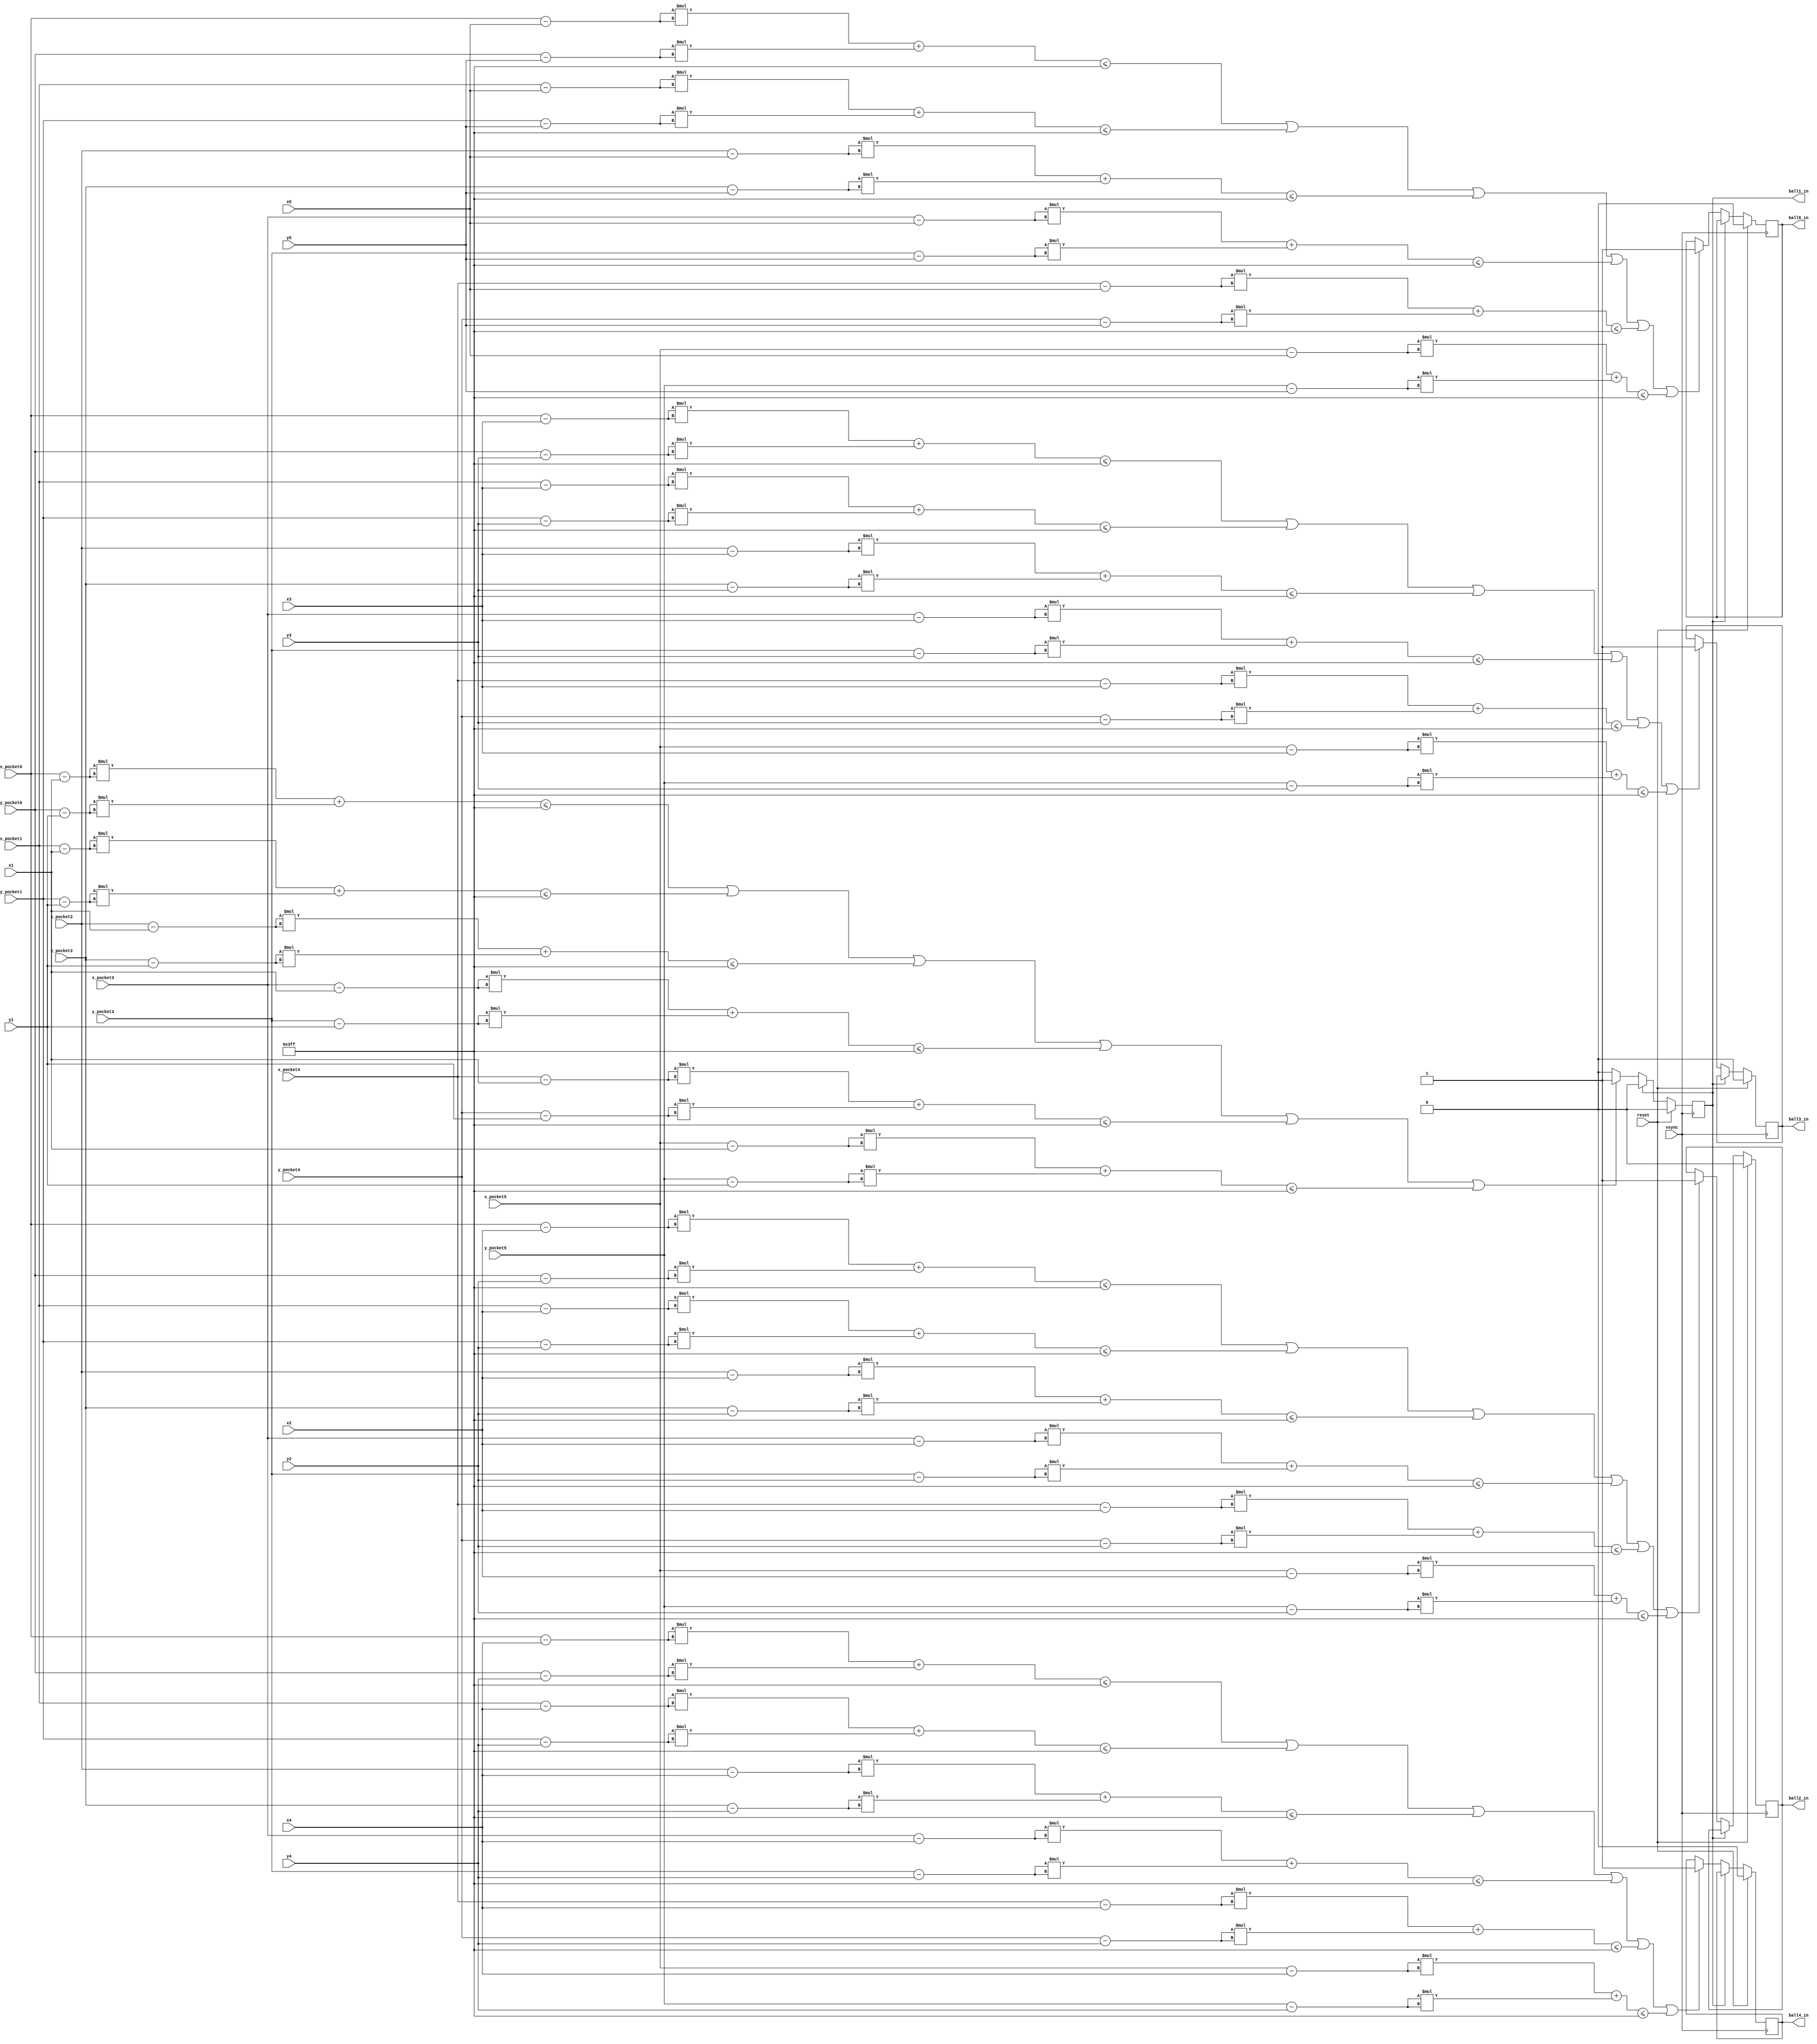
`timescale 1ns / 1ps
//////////////////////////////////////////////////////////////////////////////////
// Company: 
// Engineer: 
// 
// Design Name: 
// Module Name:    pocket_checker 
// Project Name: 
// Target Devices: 
// Tool versions: 
// Description: 
//
// Dependencies: 
//
// Revision: 
// Revision 0.01 - File Created
// Additional Comments: 
//
//////////////////////////////////////////////////////////////////////////////////
module pocket_checker
	#(parameter POCKET_SIZE = 6'd32, parameter DISTANCE_SQUARED = 13'd1023)
	(input vsync, reset,
	input signed [10:0] x_pocket0,x_pocket1,x_pocket2,x_pocket3,x_pocket4,x_pocket5,
	input signed [10:0] y_pocket0,y_pocket1,y_pocket2,y_pocket3,y_pocket4,y_pocket5,
	input signed [10:0] x1, x2, x3, x4, x5,
	input signed [10:0] y1, y2, y3, y4, y5,
	output ball1_in, ball2_in, ball3_in, ball4_in, ball5_in);
		
	// Ball 1
	wire signed [10:0] x_dist1_pocket0 = (x_pocket0 - x1);
	wire signed [10:0] y_dist1_pocket0 = (y_pocket0 - y1);
	wire signed [10:0] x_dist1_pocket1 = (x_pocket1 - x1);
	wire signed [10:0] y_dist1_pocket1 = (y_pocket1 - y1);
	wire signed [10:0] x_dist1_pocket2 = (x_pocket2 - x1);
	wire signed [10:0] y_dist1_pocket2 = (y_pocket2 - y1);
	wire signed [10:0] x_dist1_pocket3 = (x_pocket3 - x1);
	wire signed [10:0] y_dist1_pocket3 = (y_pocket3 - y1);
	wire signed [10:0] x_dist1_pocket4 = (x_pocket4 - x1);
	wire signed [10:0] y_dist1_pocket4 = (y_pocket4 - y1);
	wire signed [10:0] x_dist1_pocket5 = (x_pocket5 - x1);
	wire signed [10:0] y_dist1_pocket5 = (y_pocket5 - y1);
	
	// Ball 2
	wire signed [10:0] x_dist2_pocket0 = (x_pocket0 - x2);
	wire signed [10:0] y_dist2_pocket0 = (y_pocket0 - y2);
	wire signed [10:0] x_dist2_pocket1 = (x_pocket1 - x2);
	wire signed [10:0] y_dist2_pocket1 = (y_pocket1 - y2);
	wire signed [10:0] x_dist2_pocket2 = (x_pocket2 - x2);
	wire signed [10:0] y_dist2_pocket2 = (y_pocket2 - y2);
	wire signed [10:0] x_dist2_pocket3 = (x_pocket3 - x2);
	wire signed [10:0] y_dist2_pocket3 = (y_pocket3 - y2);
	wire signed [10:0] x_dist2_pocket4 = (x_pocket4 - x2);
	wire signed [10:0] y_dist2_pocket4 = (y_pocket4 - y2);
	wire signed [10:0] x_dist2_pocket5 = (x_pocket5 - x2);
	wire signed [10:0] y_dist2_pocket5 = (y_pocket5 - y2);
	
	// Ball 3
	wire signed [10:0] x_dist3_pocket0 = (x_pocket0 - x3);
	wire signed [10:0] y_dist3_pocket0 = (y_pocket0 - y3);
	wire signed [10:0] x_dist3_pocket1 = (x_pocket1 - x3);
	wire signed [10:0] y_dist3_pocket1 = (y_pocket1 - y3);
	wire signed [10:0] x_dist3_pocket2 = (x_pocket2 - x3);
	wire signed [10:0] y_dist3_pocket2 = (y_pocket2 - y3);
	wire signed [10:0] x_dist3_pocket3 = (x_pocket3 - x3);
	wire signed [10:0] y_dist3_pocket3 = (y_pocket3 - y3);
	wire signed [10:0] x_dist3_pocket4 = (x_pocket4 - x3);
	wire signed [10:0] y_dist3_pocket4 = (y_pocket4 - y3);
	wire signed [10:0] x_dist3_pocket5 = (x_pocket5 - x3);
	wire signed [10:0] y_dist3_pocket5 = (y_pocket5 - y3);
	
	// Ball 4
	wire signed [10:0] x_dist4_pocket0 = (x_pocket0 - x4);
	wire signed [10:0] y_dist4_pocket0 = (y_pocket0 - y4);
	wire signed [10:0] x_dist4_pocket1 = (x_pocket1 - x4);
	wire signed [10:0] y_dist4_pocket1 = (y_pocket1 - y4);
	wire signed [10:0] x_dist4_pocket2 = (x_pocket2 - x4);
	wire signed [10:0] y_dist4_pocket2 = (y_pocket2 - y4);
	wire signed [10:0] x_dist4_pocket3 = (x_pocket3 - x4);
	wire signed [10:0] y_dist4_pocket3 = (y_pocket3 - y4);
	wire signed [10:0] x_dist4_pocket4 = (x_pocket4 - x4);
	wire signed [10:0] y_dist4_pocket4 = (y_pocket4 - y4);
	wire signed [10:0] x_dist4_pocket5 = (x_pocket5 - x4);
	wire signed [10:0] y_dist4_pocket5 = (y_pocket5 - y4);
	
	// Ball 5
	wire signed [10:0] x_dist5_pocket0 = (x_pocket0 - x5);
	wire signed [10:0] y_dist5_pocket0 = (y_pocket0 - y5);
	wire signed [10:0] x_dist5_pocket1 = (x_pocket1 - x5);
	wire signed [10:0] y_dist5_pocket1 = (y_pocket1 - y5);
	wire signed [10:0] x_dist5_pocket2 = (x_pocket2 - x5);
	wire signed [10:0] y_dist5_pocket2 = (y_pocket2 - y5);
	wire signed [10:0] x_dist5_pocket3 = (x_pocket3 - x5);
	wire signed [10:0] y_dist5_pocket3 = (y_pocket3 - y5);
	wire signed [10:0] x_dist5_pocket4 = (x_pocket4 - x5);
	wire signed [10:0] y_dist5_pocket4 = (y_pocket4 - y5);
	wire signed [10:0] x_dist5_pocket5 = (x_pocket5 - x5);
	wire signed [10:0] y_dist5_pocket5 = (y_pocket5 - y5);

	reg ball1_reg = 0;
	reg ball2_reg = 0;
	reg ball3_reg = 0;
	reg ball4_reg = 0;
	reg ball5_reg = 0;
	reg collision_occur;
	
	always @(posedge vsync) begin
		if (reset) begin
			ball1_reg <= 1'b0;
			ball2_reg <= 1'b0;
			ball3_reg <= 1'b0;
			ball4_reg <= 1'b0;
			ball5_reg <= 1'b0;
		end
		
		else if (ball1_reg) begin
			ball1_reg <= 1'b0;
		end
		
		else begin
			if ((x_dist1_pocket0*x_dist1_pocket0)+(y_dist1_pocket0*y_dist1_pocket0)<=DISTANCE_SQUARED
				 || (x_dist1_pocket1*x_dist1_pocket1)+(y_dist1_pocket1*y_dist1_pocket1)<=DISTANCE_SQUARED
				 || (x_dist1_pocket2*x_dist1_pocket2)+(y_dist1_pocket2*y_dist1_pocket2)<=DISTANCE_SQUARED
				 || (x_dist1_pocket3*x_dist1_pocket3)+(y_dist1_pocket3*y_dist1_pocket3)<=DISTANCE_SQUARED
				 || (x_dist1_pocket4*x_dist1_pocket4)+(y_dist1_pocket4*y_dist1_pocket4)<=DISTANCE_SQUARED
				 || (x_dist1_pocket5*x_dist1_pocket5)+(y_dist1_pocket5*y_dist1_pocket5)<=DISTANCE_SQUARED) begin
				ball1_reg <= 1'b1;
			end
			
			if ((x_dist2_pocket0*x_dist2_pocket0)+(y_dist2_pocket0*y_dist2_pocket0)<=DISTANCE_SQUARED
				 || (x_dist2_pocket1*x_dist2_pocket1)+(y_dist2_pocket1*y_dist2_pocket1)<=DISTANCE_SQUARED
				 || (x_dist2_pocket2*x_dist2_pocket2)+(y_dist2_pocket2*y_dist2_pocket2)<=DISTANCE_SQUARED
				 || (x_dist2_pocket3*x_dist2_pocket3)+(y_dist2_pocket3*y_dist2_pocket3)<=DISTANCE_SQUARED
				 || (x_dist2_pocket4*x_dist2_pocket4)+(y_dist2_pocket4*y_dist2_pocket4)<=DISTANCE_SQUARED
				 || (x_dist2_pocket5*x_dist2_pocket5)+(y_dist2_pocket5*y_dist2_pocket5)<=DISTANCE_SQUARED) begin
				ball2_reg <= 1'b1;
			end
			
			if ((x_dist3_pocket0*x_dist3_pocket0)+(y_dist3_pocket0*y_dist3_pocket0)<=DISTANCE_SQUARED
				 || (x_dist3_pocket1*x_dist3_pocket1)+(y_dist3_pocket1*y_dist3_pocket1)<=DISTANCE_SQUARED
				 || (x_dist3_pocket2*x_dist3_pocket2)+(y_dist3_pocket2*y_dist3_pocket2)<=DISTANCE_SQUARED
				 || (x_dist3_pocket3*x_dist3_pocket3)+(y_dist3_pocket3*y_dist3_pocket3)<=DISTANCE_SQUARED
				 || (x_dist3_pocket4*x_dist3_pocket4)+(y_dist3_pocket4*y_dist3_pocket4)<=DISTANCE_SQUARED
				 || (x_dist3_pocket5*x_dist3_pocket5)+(y_dist3_pocket5*y_dist3_pocket5)<=DISTANCE_SQUARED) begin
				ball3_reg <= 1'b1;
			end

			if ((x_dist4_pocket0*x_dist4_pocket0)+(y_dist4_pocket0*y_dist4_pocket0)<=DISTANCE_SQUARED
				 || (x_dist4_pocket1*x_dist4_pocket1)+(y_dist4_pocket1*y_dist4_pocket1)<=DISTANCE_SQUARED
				 || (x_dist4_pocket2*x_dist4_pocket2)+(y_dist4_pocket2*y_dist4_pocket2)<=DISTANCE_SQUARED
				 || (x_dist4_pocket3*x_dist4_pocket3)+(y_dist4_pocket3*y_dist4_pocket3)<=DISTANCE_SQUARED
				 || (x_dist4_pocket4*x_dist4_pocket4)+(y_dist4_pocket4*y_dist4_pocket4)<=DISTANCE_SQUARED
				 || (x_dist4_pocket5*x_dist4_pocket5)+(y_dist4_pocket5*y_dist4_pocket5)<=DISTANCE_SQUARED) begin
				ball4_reg <= 1'b1;
			end

			if ((x_dist5_pocket0*x_dist5_pocket0)+(y_dist5_pocket0*y_dist5_pocket0)<=DISTANCE_SQUARED
				 || (x_dist5_pocket1*x_dist5_pocket1)+(y_dist5_pocket1*y_dist5_pocket1)<=DISTANCE_SQUARED
				 || (x_dist5_pocket2*x_dist5_pocket2)+(y_dist5_pocket2*y_dist5_pocket2)<=DISTANCE_SQUARED
				 || (x_dist5_pocket3*x_dist5_pocket3)+(y_dist5_pocket3*y_dist5_pocket3)<=DISTANCE_SQUARED
				 || (x_dist5_pocket4*x_dist5_pocket4)+(y_dist5_pocket4*y_dist5_pocket4)<=DISTANCE_SQUARED
				 || (x_dist5_pocket5*x_dist5_pocket5)+(y_dist5_pocket5*y_dist5_pocket5)<=DISTANCE_SQUARED) begin
				ball5_reg <= 1'b1;
			end
		end
	end
	
	assign ball1_in = ball1_reg;
	assign ball2_in = ball2_reg;
	assign ball3_in = ball3_reg;
	assign ball4_in = ball4_reg;
	assign ball5_in = ball5_reg;

endmodule